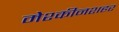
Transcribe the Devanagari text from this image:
मेश्कीनशहर